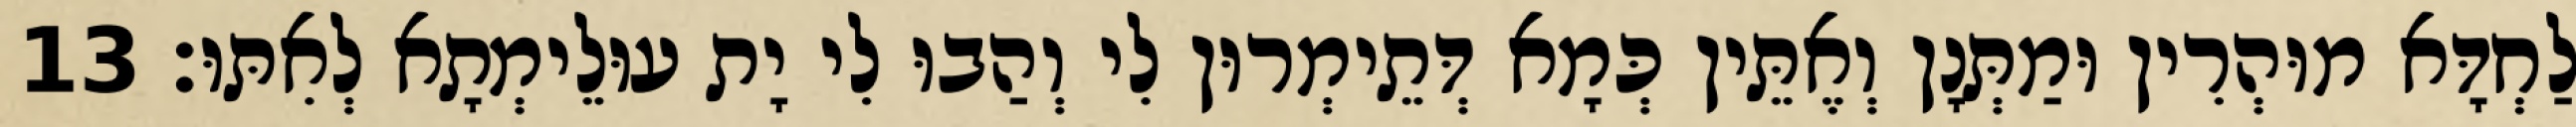
לַחְדָּא מוּהְרִין וּמַתְּנָן וְאֶתֵּין כְּמָא דְּתֵימְרוּן לִי וְהַבוּ לִי יָת עוּלֵימְתָא לְאִתּוּ׃ 13